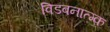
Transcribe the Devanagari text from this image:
विडबनात्म्क